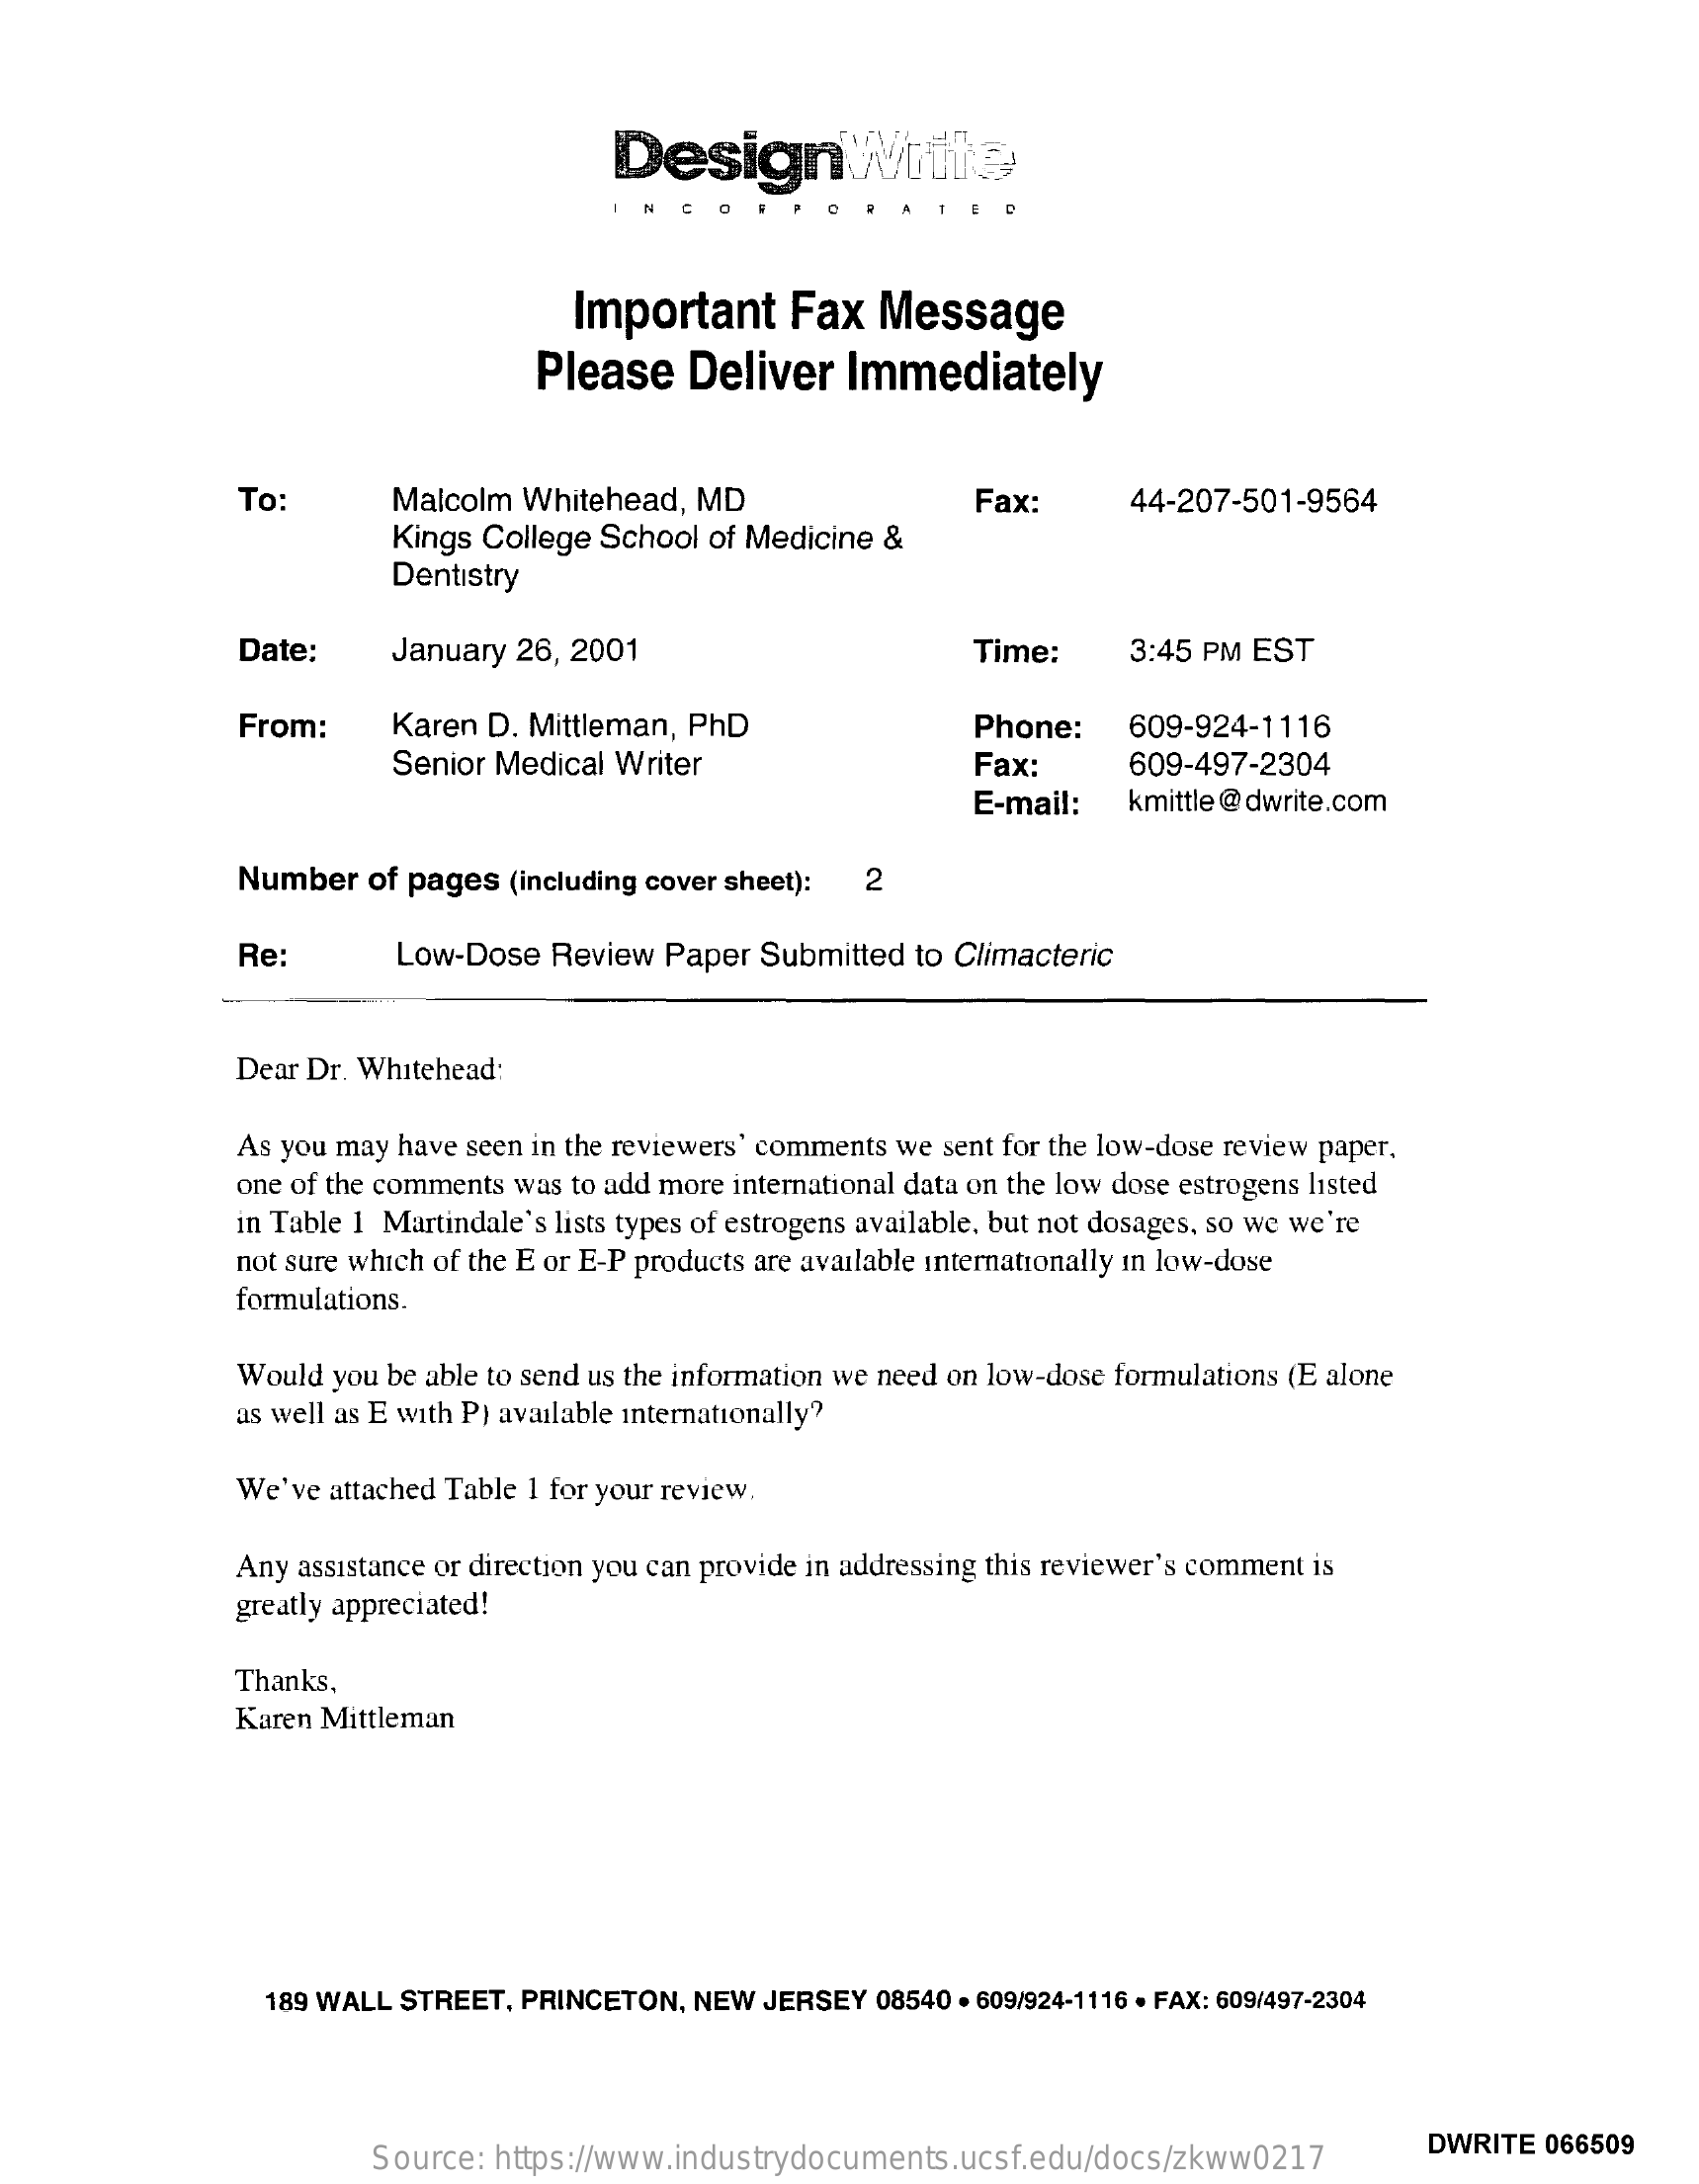
DesignWrite
     NGO
     Important    Fax   Message
     Please    Deliver   Immediately
     To:    Malcolm Whitehead,  MD    Fax:    44-207-501-9564
     Kings College School of Medicine &
     Dentistry
     Date:    January 26, 2001    Time:    3:45 PM EST
     From:    Karen D. Mittleman, PhD    Phone:    609-924-1116
     Senior Medical Writer    Fax:    609-497-2304
     E-mail:   kmittle @dwrite.com
     Number  of pages (including cover sheet): 2
     Re:    Low-Dose  Review  Paper Submitted to Climacteric
     Dear Dr. Whitehead:
     As you may have seen in the reviewers' comments we sent for the low-dose review paper,
     one of the comments was to add more international data on the low dose estrogens listed
     in Table 1 Martindale's lists types of estrogens available, but not dosages, so we we're
     not sure which of the E or E-P products are available internationally in low-dose
     formulations.
     Would you be able to send us the information we need on low-dose formulations (E alone
     as well as E with P) available internationally?
     We've attached Table 1 for your review.
     Any assistance or direction you can provide in addressing this reviewer's comment is
     greatly appreciated!
     Thanks,
     Karen Mittleman
     189 WALL STREET, PRINCETON, NEW JERSEY 08540 . 609/924-1116 . FAX: 609/497-2304
     Source: https://www.industrydocuments.ucsf.edu/docs/zkww0217
     DWRITE 066509